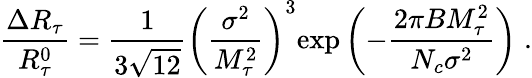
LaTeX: \frac{\Delta R_{\tau}}{R_{\tau}^{0}}=\frac{1}{3\sqrt{12}}\left(\frac{\sigma^{2}}{M_{\tau}^{2}}\right)^{3}{\exp}\left(-\frac{2\pi BM_{\tau}^{2}}{N_{c}\sigma^{2}}\right)\; .